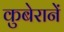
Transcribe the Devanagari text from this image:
कुबेरानें